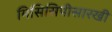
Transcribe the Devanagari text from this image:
मिसिसिपीसारखी